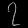
Digit: ၇